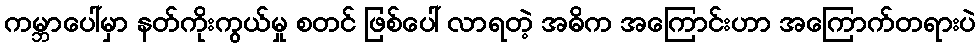
ကမ္ဘာပေါ်မှာ နတ်ကိုးကွယ်မှု စတင် ဖြစ်ပေါ် လာရတဲ့ အဓိက အကြောင်းဟာ အကြောက်တရားပဲ